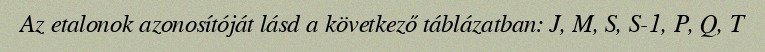
Az etalonok azonosítóját lásd a következő táblázatban: J, M, S, S-1, P, Q, T